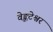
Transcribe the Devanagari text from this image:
वेङ्कटेश्वर